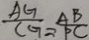
\frac { A G } { C G } = \frac { A B } { P C }